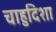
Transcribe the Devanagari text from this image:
चाहुदिशा